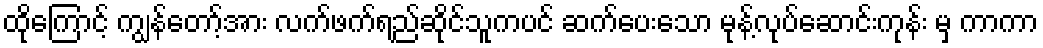
ထိုကြောင့် ကျွန်တော့်အား လက်ဖက်ရည်ဆိုင်သူကပင် ဆက်ပေးသော မုန့်လုပ်ဆောင်းကုန်း မှ ကာကာ